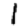
Digit: 1